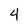
Character: 4